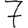
Digit: 7